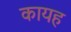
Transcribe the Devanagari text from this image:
कायह